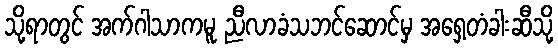
သို့ရာတွင် အက်ဂါသာကမူ ညီလာခံသဘင်ဆောင်မှ အရှေ့တံခါးဆီသို့